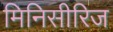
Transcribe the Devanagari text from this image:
मिनिसीरिज